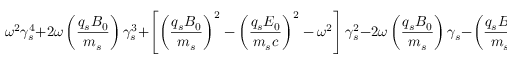
\omega ^ { 2 } \gamma _ { s } ^ { 4 } + 2 \omega \left( \frac { q _ { s } B _ { 0 } } { m _ { s } } \right) \gamma _ { s } ^ { 3 } + \left[ \left( \frac { q _ { s } B _ { 0 } } { m _ { s } } \right) ^ { 2 } - \left( \frac { q _ { s } E _ { 0 } } { m _ { s } c } \right) ^ { 2 } - \omega ^ { 2 } \right] \gamma _ { s } ^ { 2 } - 2 \omega \left( \frac { q _ { s } B _ { 0 } } { m _ { s } } \right) \gamma _ { s } - \left( \frac { q _ { s } B _ { 0 } } { m _ { s } } \right) ^ { 2 } = 0 \, .